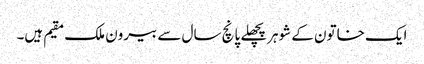
ایک خاتون کے شوہرپچھلے پانچ سال سے بیرون ملک مقیم ہیں۔